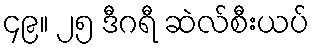
၄၉။ ၂၅ ဒီဂရီ ဆဲလ်စီးယပ်